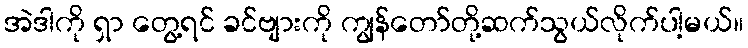
အဲဒါကို ရှာ တွေ့ရင် ခင်ဗျားကို ကျွန်တော်တို့ဆက်သွယ်လိုက်ပါ့မယ်။